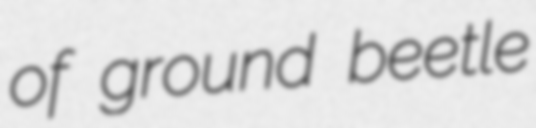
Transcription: of ground beetle